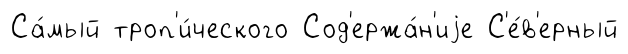
Са́мый троп'и́ческого Сод'ержа́н'иjе С'е́в'ерный